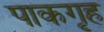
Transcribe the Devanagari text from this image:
पाकगृह